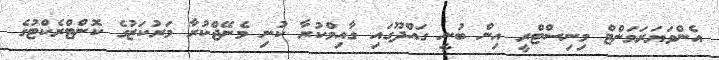
އެންވަޔަރަމަންޓް މިނިސްޓްރީ އިން ބުނީ ގައްދޫގައި ގާއިމްކުރާ ކުނި މެނޭޖްކުރާ މަރުކަޒުގެ ކޮންޓްރެކްޓުގެ